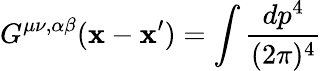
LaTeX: G^{\mu\nu,\alpha\beta}(\mathbf{x}-\mathbf{x}^{\prime})=\int\frac{{dp^{4}}}{{(2\pi)^{4}}}